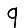
Digit: 9